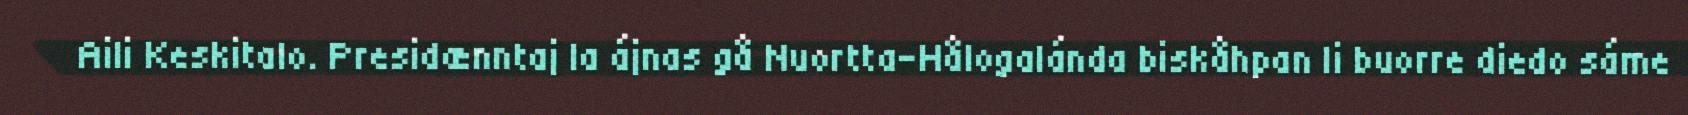
Aili Keskitalo. Presidænntaj la ájnas gå Nuortta-Hålogalánda biskåhpan li buorre diedo sáme